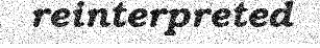
reinterpreted